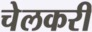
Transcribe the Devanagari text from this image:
चेलकरी